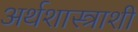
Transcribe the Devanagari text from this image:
अर्थशास्त्राशी